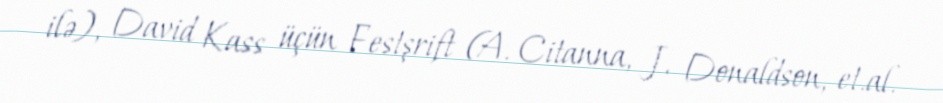
ilə), David Kass üçün Festşrift (A. Citanna, J. Donaldson, et.al.